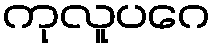
ကုလူပဂေ